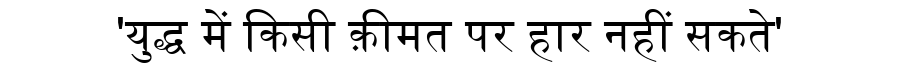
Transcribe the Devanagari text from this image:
'युद्ध में किसी क़ीमत पर हार नहीं सकते'